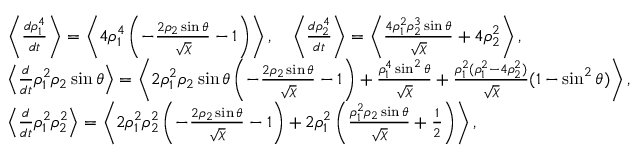
\begin{array} { r l r } & { \left\langle \frac { d \rho _ { 1 } ^ { 4 } } { d t } \right\rangle = \left\langle 4 \rho _ { 1 } ^ { 4 } \left( - \frac { 2 \rho _ { 2 } \sin \theta } { \sqrt { \chi } } - 1 \right) \right\rangle , \quad \left\langle \frac { d \rho _ { 2 } ^ { 4 } } { d t } \right\rangle = \left\langle \frac { 4 \rho _ { 1 } ^ { 2 } \rho _ { 2 } ^ { 3 } \sin \theta } { \sqrt { \chi } } + 4 \rho _ { 2 } ^ { 2 } \right\rangle , } & \\ & { \left\langle \frac { d } { d t } \rho _ { 1 } ^ { 2 } \rho _ { 2 } \sin \theta \right\rangle = \left\langle 2 \rho _ { 1 } ^ { 2 } \rho _ { 2 } \sin \theta \left( - \frac { 2 \rho _ { 2 } \sin \theta } { \sqrt { \chi } } - 1 \right) + \frac { \rho _ { 1 } ^ { 4 } \sin ^ { 2 } \theta } { \sqrt { \chi } } + \frac { \rho _ { 1 } ^ { 2 } ( \rho _ { 1 } ^ { 2 } - 4 \rho _ { 2 } ^ { 2 } ) } { \sqrt { \chi } } ( 1 - \sin ^ { 2 } \theta ) \right\rangle , } & \\ & { \left\langle \frac { d } { d t } \rho _ { 1 } ^ { 2 } \rho _ { 2 } ^ { 2 } \right\rangle = \left\langle 2 \rho _ { 1 } ^ { 2 } \rho _ { 2 } ^ { 2 } \left( - \frac { 2 \rho _ { 2 } \sin \theta } { \sqrt { \chi } } - 1 \right) + 2 \rho _ { 1 } ^ { 2 } \left( \frac { \rho _ { 1 } ^ { 2 } \rho _ { 2 } \sin \theta } { \sqrt { \chi } } + \frac { 1 } { 2 } \right) \right\rangle , } & \end{array}